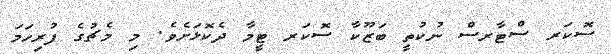
ސޮކަރ ސްޓާރސް ނުކުތީ ބަޒޫކާ ސޮކަރ ޓީމާ ދެކޮޅަށެވެ. މި މެޗުގެ ފުރިހަމަ